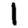
Digit: 1